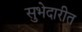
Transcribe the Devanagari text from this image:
सुभेदारीत